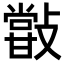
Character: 𣀏